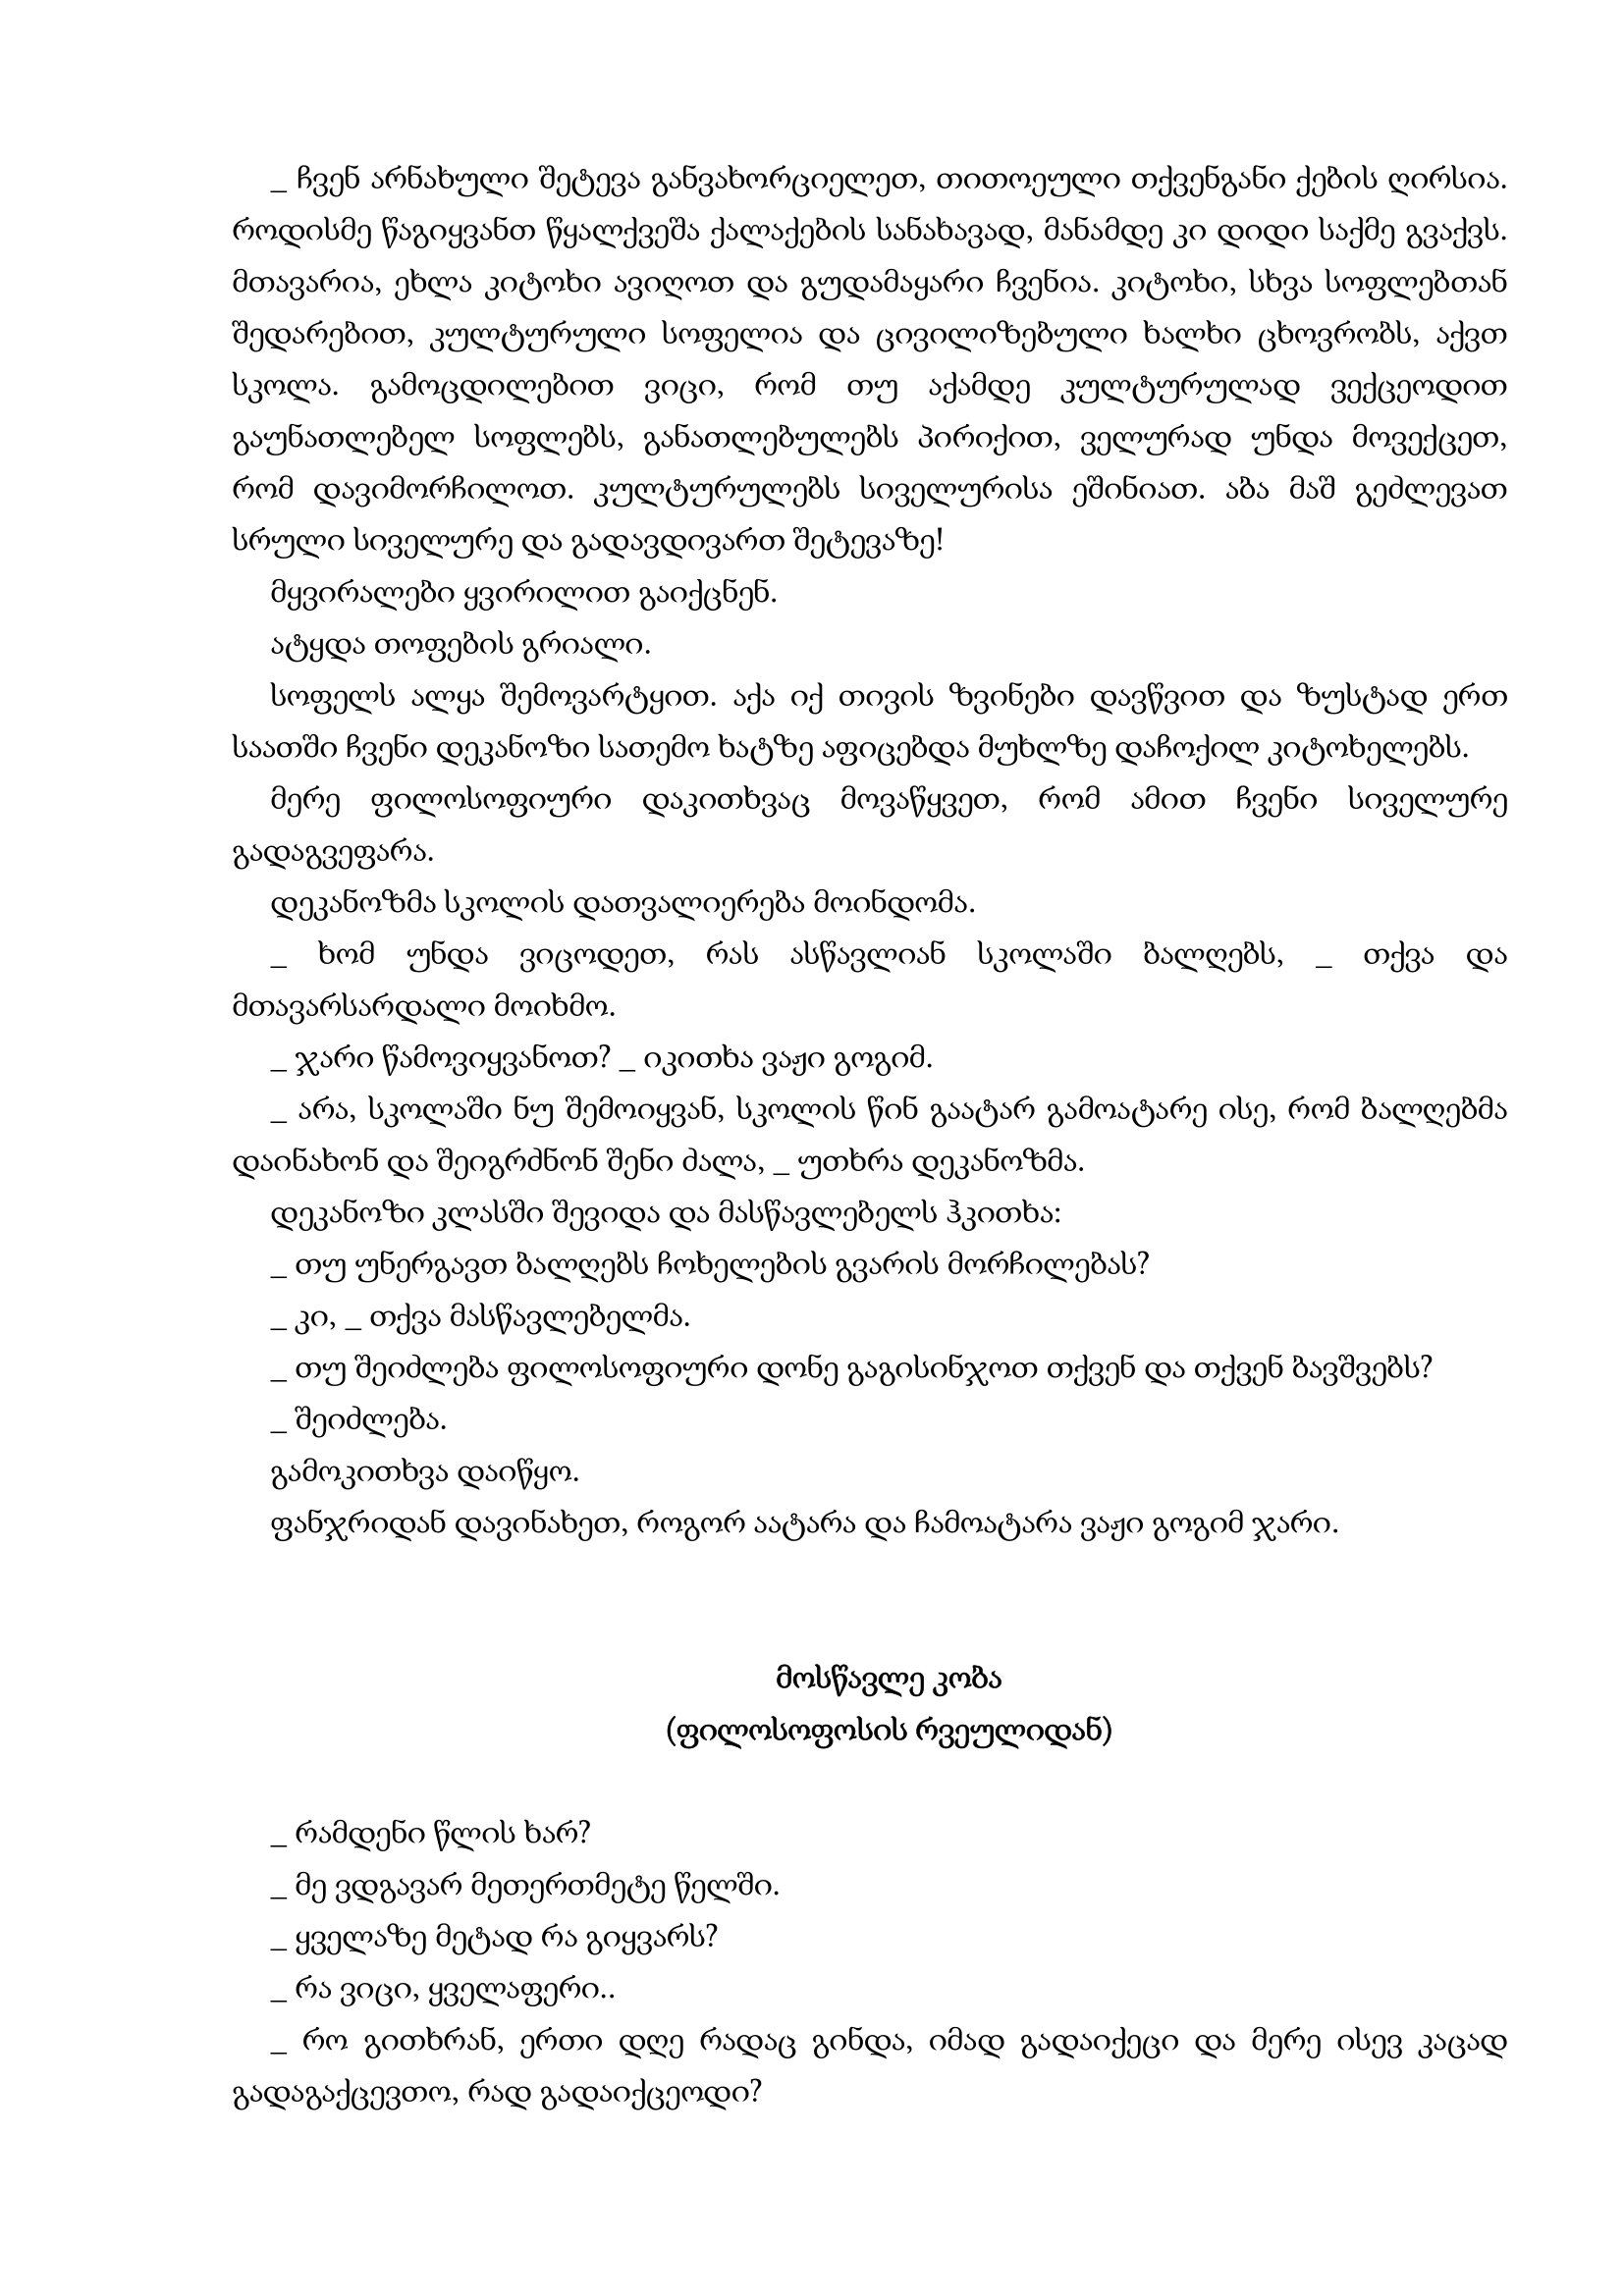
Language: gr